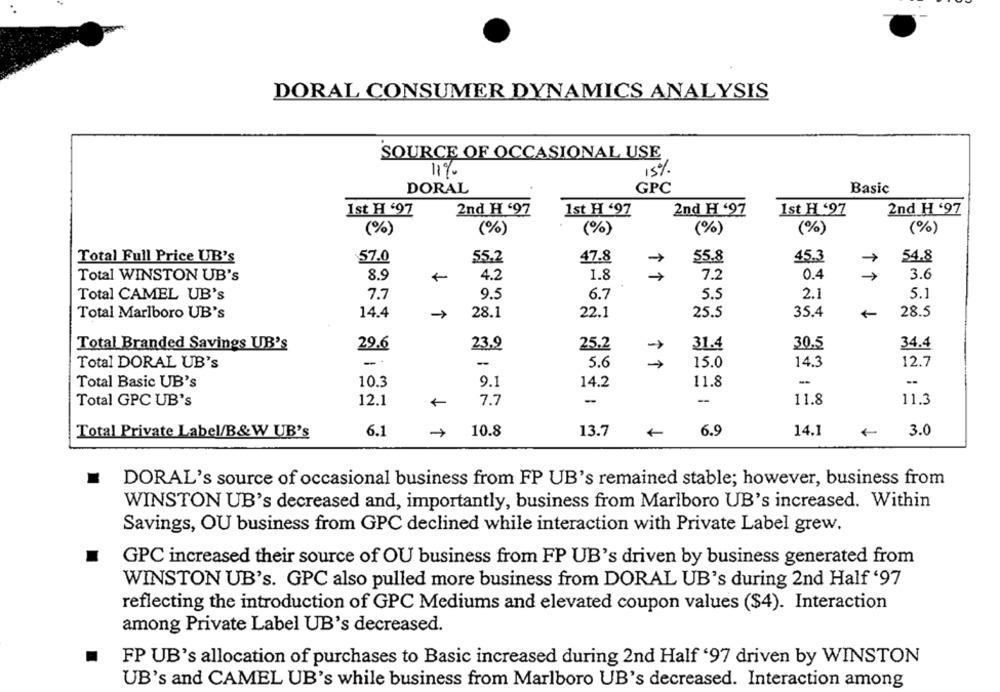
DORAL CONSUMER DYNAMICS ANALYSIS
SOURCE OF OCCASIONAL USE
15%
11%
DORAL
GPC
Basic
1st H '97
2nd H '97
1st H '97
2nd H '97
Ist H '97
2nd H '97
(%)
(%)
(%)
(%)
(%)
(%)
Total Full Price UB's
57.0
55.2
47.8
55.8
45.3
54.8
Total WINSTON UB's
8.9
4.2
1.8
7.2
0.4
3.6
Total CAMEL UB's
7.7
9.5
6.7
5.5
2.1
5.1
Total Marlboro UB's
14.4
>
28.1
22.1
25.5
35.4
28.5
Total Branded Savings UB's
29.6
25.2
31.4
30.5
34.4
23.9
Total DORAL UB's
-
5.6
15.0
14.3
12.7
--
-
Total Basic UB's
10.3
9.1
14.2
11.8
Total GPC UB's
12.1
7.7
-
--
11.8
11.3
Total Private Label/B&W UB's
6.1
10.8
13.7
+
6.9
14.1
3.0
DORAL's source of occasional business from FP UB's remained stable; however, business from
WINSTON UB's decreased and, importantly, business from Marlboro UB's increased. Within
Savings, OU business from GPC declined while interaction with Private Label grew.
GPC increased their source of OU business from FP UB's driven by business generated from
WINSTON UB's. GPC also pulled more business from DORAL UB's during 2nd Half '97
reflecting the introduction of GPC Mediums and elevated coupon values ($4). Interaction
among Private Label UB's decreased.
FP UB's allocation of purchases to Basic increased during 2nd Half '97 driven by WINSTON
UB's and CAMEL UB's while business from Marlboro UB's decreased. Interaction among